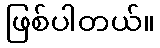
ဖြစ်ပါတယ်။